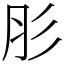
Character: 肜